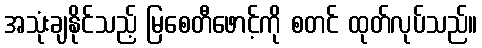
အသုံးချနိုင်သည့် မြစေတီဖောင့်ကို စတင် ထုတ်လုပ်သည်။